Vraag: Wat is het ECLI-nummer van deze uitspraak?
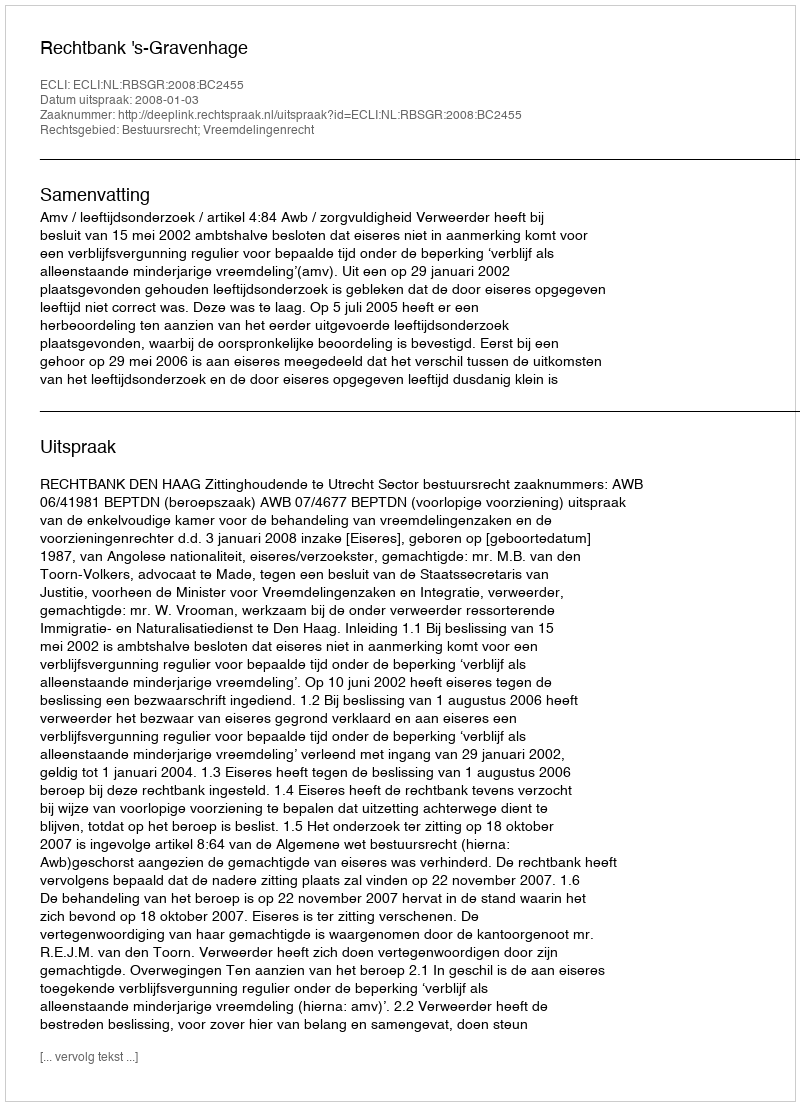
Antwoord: ECLI:NL:RBSGR:2008:BC2455